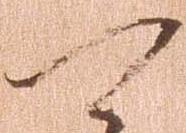
可